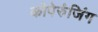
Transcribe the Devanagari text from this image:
कोपेरुंजिंग